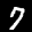
Label: 7